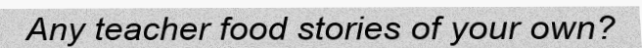
Any teacher food stories of your own?